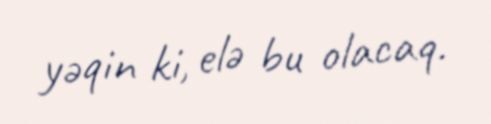
yəqin ki, elə bu olacaq.